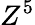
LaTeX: Z^{5}